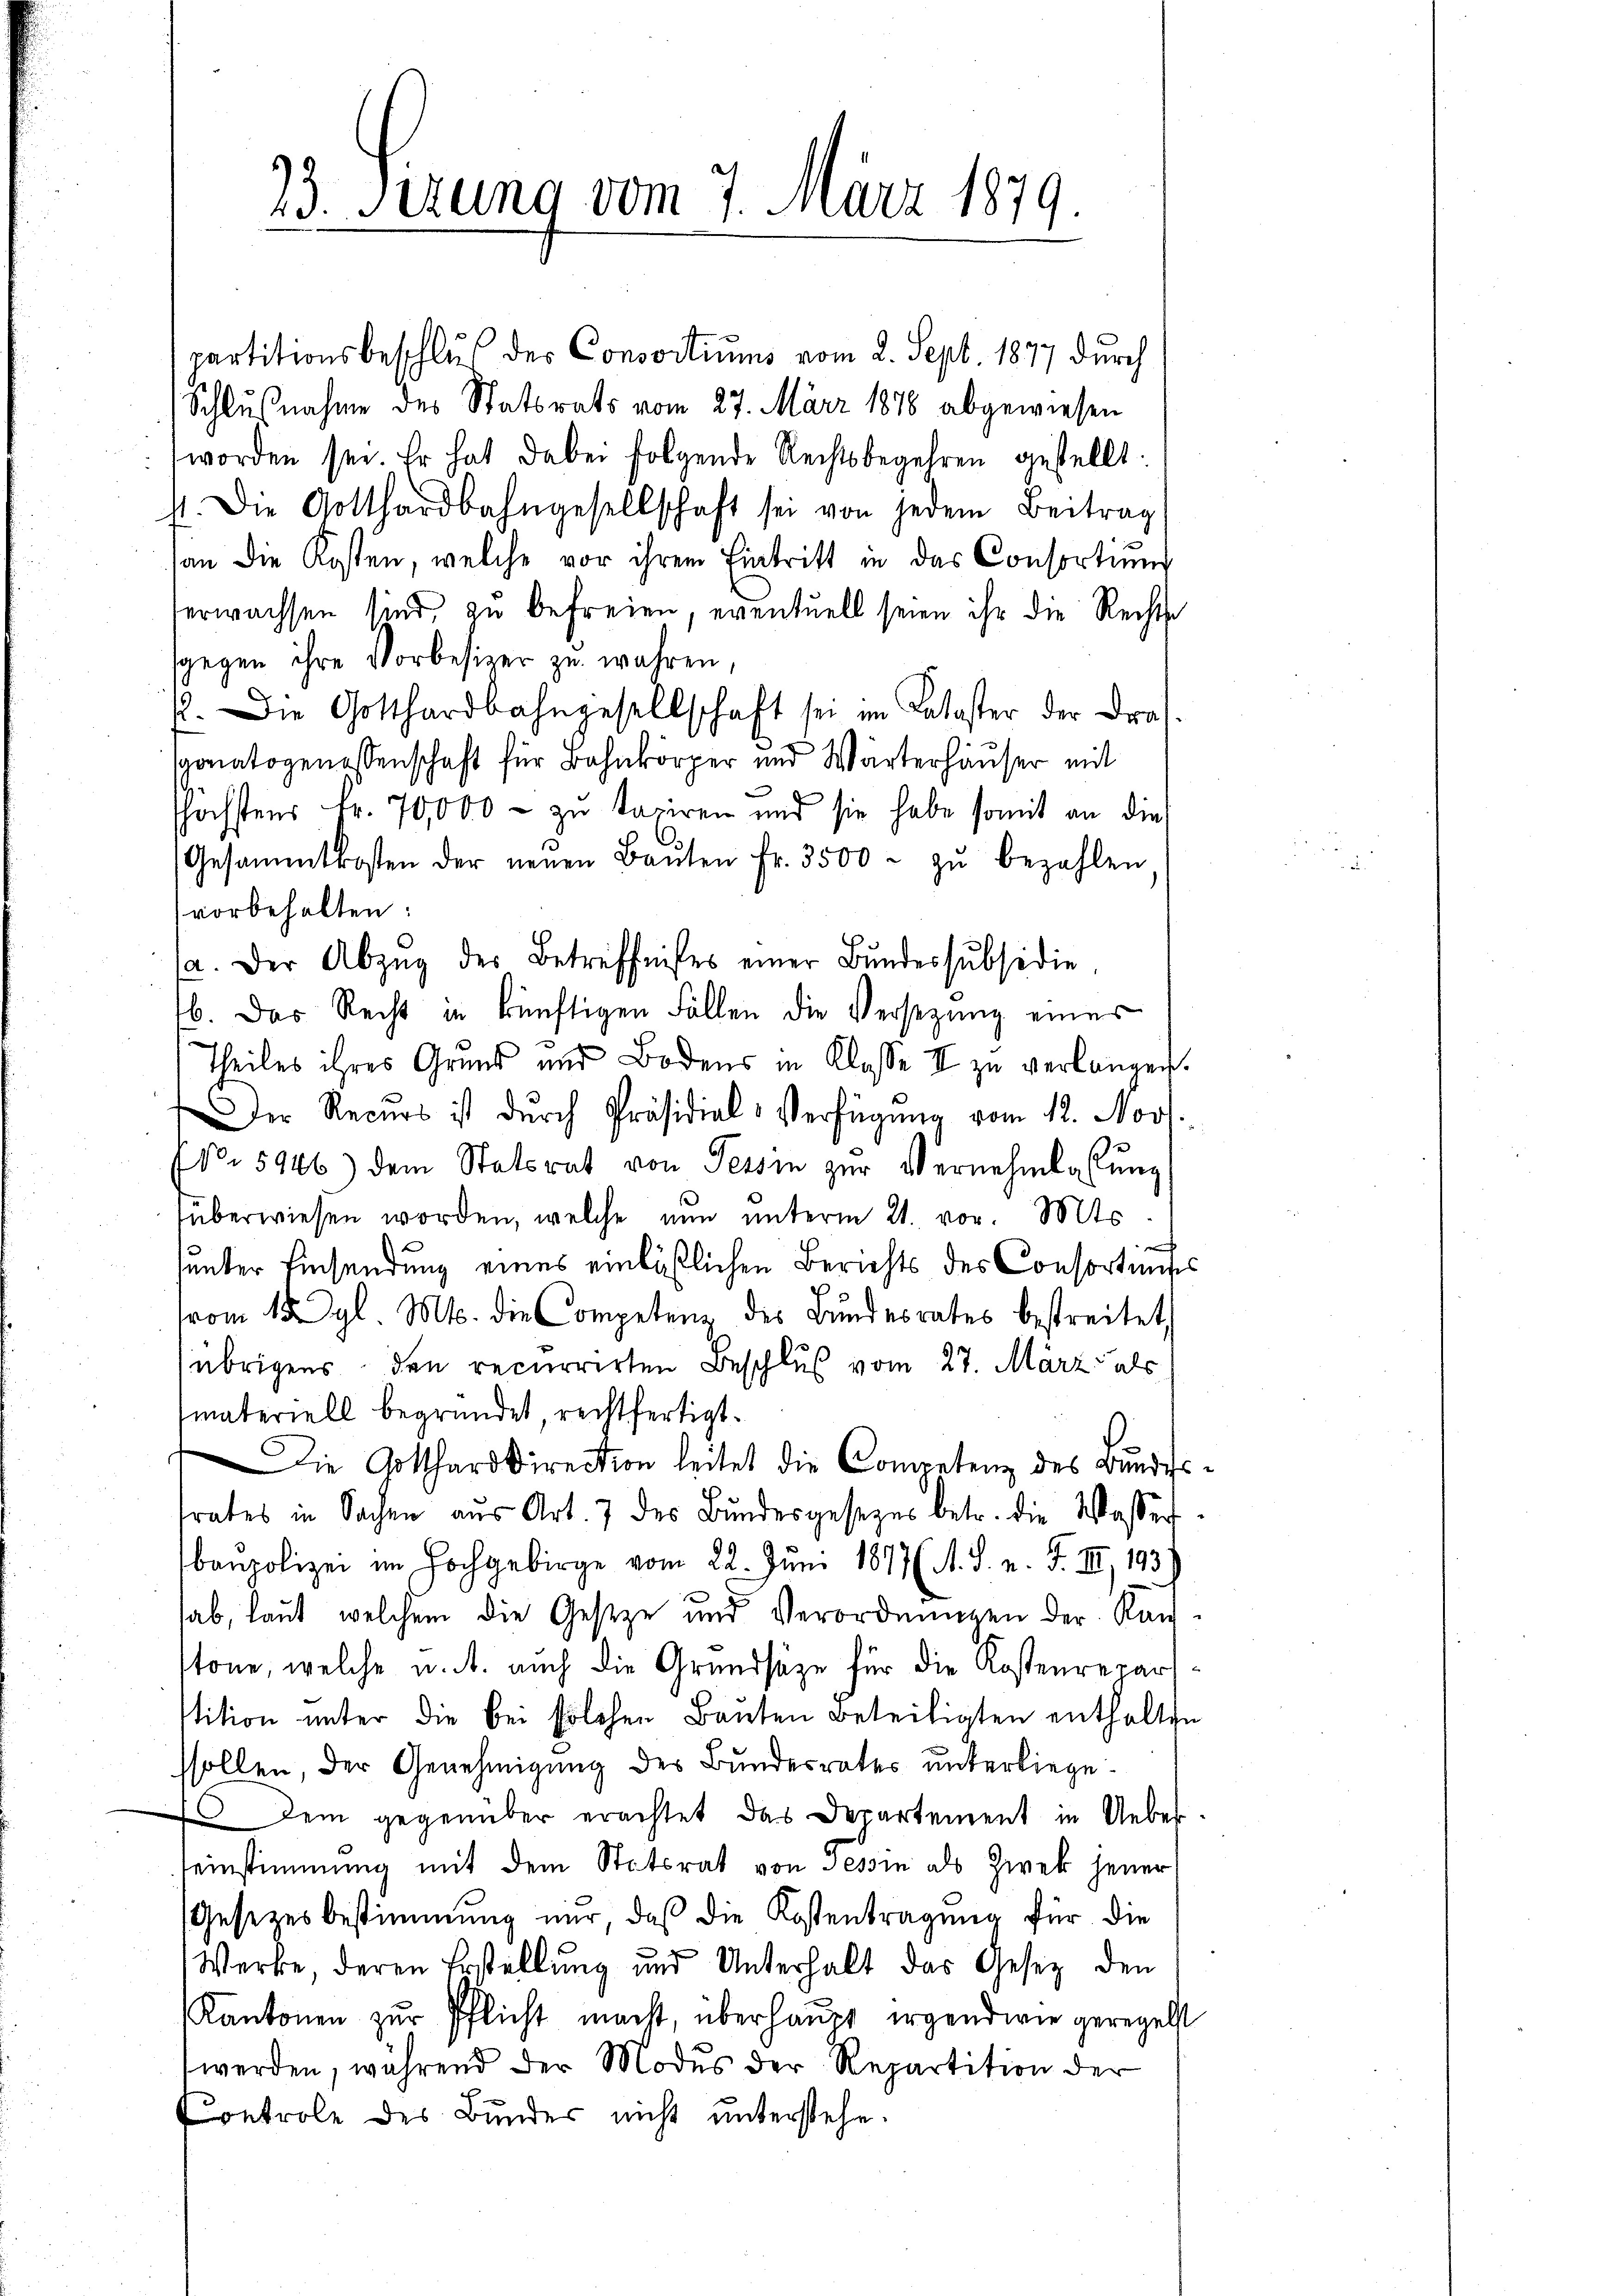
23. Sizung vom 7. März 1879.

partitionsbeschluß des Consortiums vom 2. Sept. 1877 durch
Schlußnahme des Statsrats vom 27. März 1876 abgewiesen
worden sei Er hat dabei folgende Rechtsbegehren gestellt.
41. Die Gotthardbahngesellschaft sei von jedem Beitrag
an die Kosten, welche vor ihrem Eintritt in das Consortŭng
erwachsen sind, zu befreien, eventuell seien ihr die Rechts
sgegen ihre Vorbesizer zu wahren,
2. Die Gotthardbahngesellschaft sei im Kataster der dras
ponatsgenossenschaft für Bahnkörper und Wärterhäuser mit
höchstens Fr. 70,000 - zu taxiren und sie habe somit an die
Gesammtkosten der neuen Baŭten fr. 3500. zŭ bezahlen
vorbehalten:
a. Der Abzŭg der Betreffnisses einer Bŭndessubsidie
b. Das Recht in künftigen Fällen die Versezung eines
theiles ihres Grund und Bodens in Klasse II zu verlangen.
Der Recurs ist dŭrch Präsidial-Verfügŭng vom 12. Nov.
Nr 5946) dem Statsrat von Tessin zur Vernehmlassung
füberwiesen worden, welche nun unterm 21. vor. Mts.

unter Einsendung eines einläßlichen Berichts des Consortenges
vom 15. dgl. Mts. die Competenz des Bŭndesrates bestreitet
übrigens den recurrirten Beschluß vom 27. März als
tmateriell begründet rechtfertigt.
ie Artthardirection leitet die Competenz des Bŭndes
srates in Sachen aŭs Art. 7 des Bundesgesezes betr. die Wasser
benpolizei im Hochgebirge vom 22. Juni 1817( A. S. n. F. II, 1939
hab, laut, welchem die Geseze und Verordnungen der Kantöne, welche u. A. auch die Grundsätze für die Kostenrepar
stition unter die bei solchen Bauten Beteiligten enthalten
ssollen, der Genehmigung des Bundesrates unterliege¬
40. Dem gegenüber erachtet das Departement in Ueber
seinstimmung mit dem Statsrat von Tessin als Zwek jener
Gesetzesbestimmung nur, daß die Kostentragung für die
Werke, deren Erstellung und Unterhalt das Gesetz den
Kantonen zur Pflicht macht, überhaupt irgendwie geregelst
werden, während der Modus der Repartition der
Controle des Bunder nicht unterstehe.